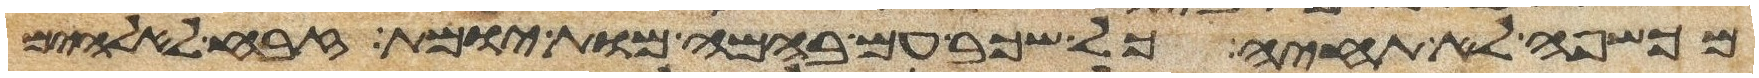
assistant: מכשפה לא תחיה כל שכב עם בהמה מות יומת זבח לאלהים